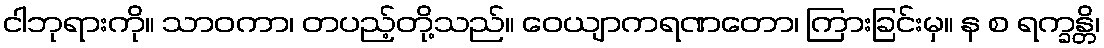
ငါဘုရားကို။ သာဝကာ၊ တပည့်တို့သည်။ ဝေယျာကရဏတော၊ ကြားခြင်းမှ။ န စ ရက္ခန္တိ၊